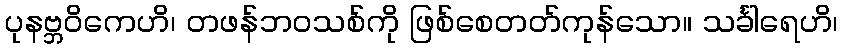
ပုနဗ္ဘဝိကေဟိ၊ တဖန်ဘဝသစ်ကို ဖြစ်စေတတ်ကုန်သော။ သင်္ခါရေဟိ၊